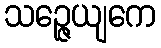
သဉ္ဇေယျကေ